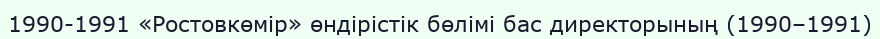
1990-1991 «Ростовкөмір» өндірістік бөлімі бас директорының (1990–1991)